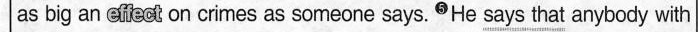
as big an efeot on crimes as someone says.5He \underline{says that} anybody with